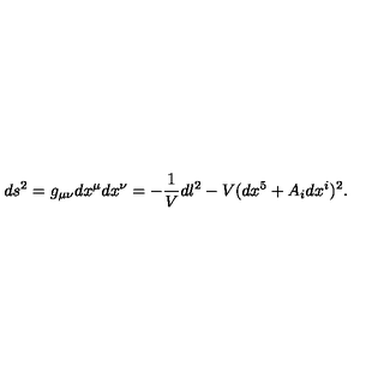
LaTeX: d s ^ { 2 } = g _ { \mu \nu } d x ^ { \mu } d x ^ { \nu } = - \frac { 1 } { V } d l ^ { 2 } - V ( d x ^ { 5 } + A _ { i } d x ^ { i } ) ^ { 2 } .